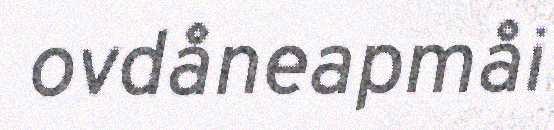
ovdåneapmåi